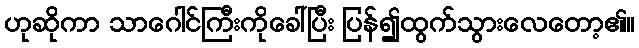
ဟုဆိုကာ သာဂေါင်ကြီးကိုခေါ်ပြီး ပြန်၍ထွက်သွားလေတော့၏။